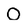
Character: O